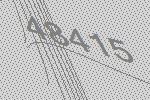
48415